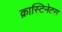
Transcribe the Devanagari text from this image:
क्रास्टिनेटस